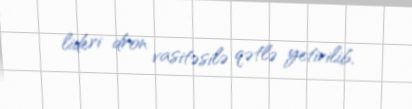
lideri dron vasitəsilə qətlə yetirilib.